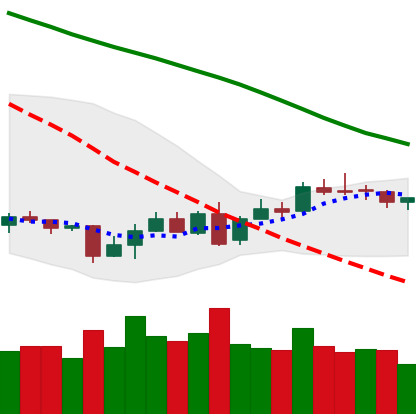
Ticker: XMR-USD
Chart end date: 2018-07-07
Forward return: -11.335%
Label: down_7plus